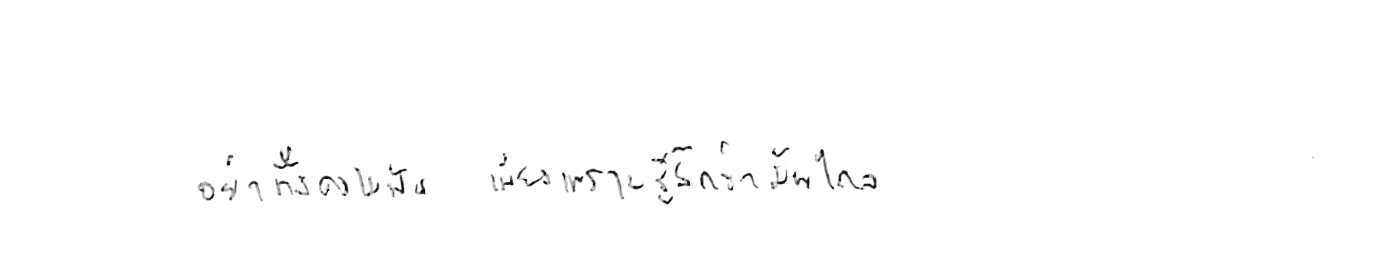
อย่าทิ้งความฝัน เพียงเพราะรู้สึกว่ามันไกล